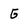
Character: G